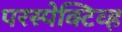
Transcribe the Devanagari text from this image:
परस्पेक्टिव्ह